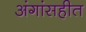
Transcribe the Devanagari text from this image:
अंगांसहीत